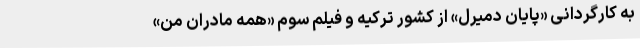
به کارگردانی «پایان دمیرل» از کشور ترکیه و فيلم سوم «همه مادران من»